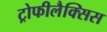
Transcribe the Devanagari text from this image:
ट्रोफीलैक्सिस